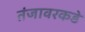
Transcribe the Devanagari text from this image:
तंजावरकडे